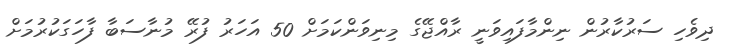
ދިވެހި ސަރުކާރުން ނިންމާފައިވަނީ ރާއްޖޭގެ މިނިވަންކަމަށް 50 އަހަރު ފުރޭ މުނާސަބާ ފާހަގަކުރުމަށް